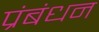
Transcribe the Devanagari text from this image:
प्रंबंधन